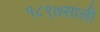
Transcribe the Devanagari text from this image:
१८९७साली